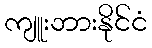
ကျူးဘားနိုင်ငံ